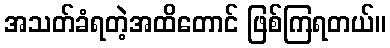
အသတ်ခံရတဲ့အထိတောင် ဖြစ်ကြရတယ်။